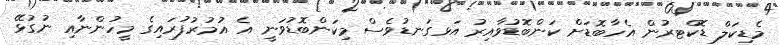
މެޑިކަލް ޑޮކްޓރުން އެހާބޮޑަށް ކަންބޮޑުވާއިރު އަޅގަނޑުވެސް މިކަންބޮޑުވަނީ އެ އުމުރުފުރައިގެ މީހުންނާއި ނުގުޅޭ